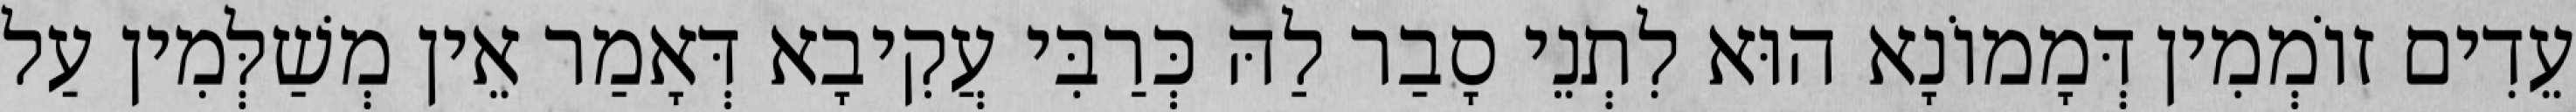
עֵדִים זוֹמְמִין דְּמָמוֹנָא הוּא לִתְנֵי סָבַר לַהּ כְּרַבִּי עֲקִיבָא דְּאָמַר אֵין מְשַׁלְּמִין עַל